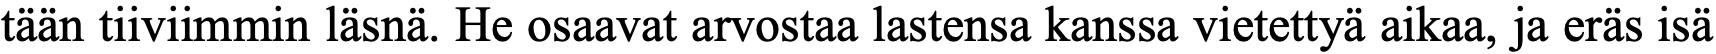
tään tiiviimmin läsnä. He osaavat arvostaa lastensa kanssa vietettyä aikaa, ja eräs isä